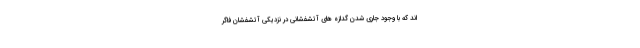
اند که با وجود جاری شدن گدازه های آتشفشانی در نزدیکی آتشفشان فاگر